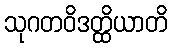
သုဂတဝိဒတ္ထိယာတိ